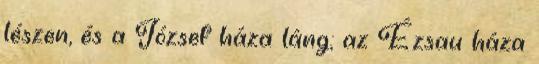
lészen, és a József háza láng; az Ézsau háza